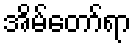
အိမ်တော်ရာ